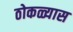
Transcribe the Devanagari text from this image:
ठोकळ्यास